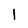
Character: l